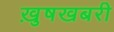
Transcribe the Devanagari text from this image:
ख़ुषखबरी